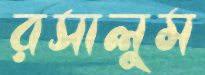
রসালুম